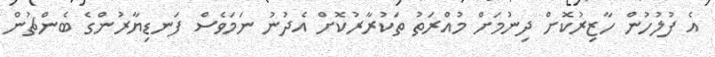
އެ ފުލުހުން ހާޒިރުކޮށް ދިނުމަށް މުއްރަތު ތަކުރާރުކޮށް އެދުނު ނަމަވެސް ފަނޑިޔާރުންގެ ބެންޗުން